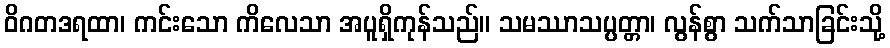
ဝိဂတဒရထာ၊ ကင်းသော ကိလေသာ အပူရှိကုန်သည်။ သမဿာသပ္ပတ္တာ၊ လွန်စွာ သက်သာခြင်းသို့